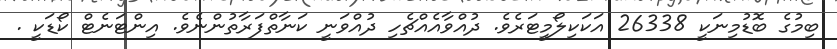
ބިމުގެ ބޮޑުމިނަކީ 26338 އަކަކިލޯމީޓަރެވެ. ދުއްވާއެއްޗެހި ދުއްވަނީ ކަނާތްފަރާތުންނެވެ. އިންޓަނެޓް ކޯޑަކީ .